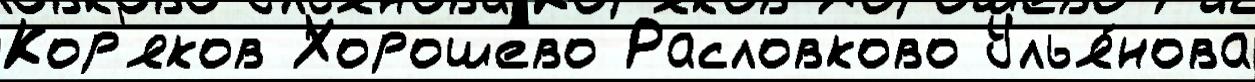
Кор'яков Хорошево Расловково Улья́нова